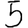
Digit: 5